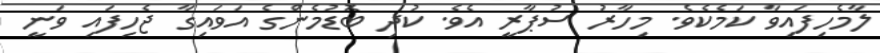
ލާމެހިފައިވާ ކަމެކެވެ. މިހާރު ސުޕާރީ އެވެ. ކުދި ބޮޑުމެންގެ އަވައިގާ ޖެހިފައި ވަނީ